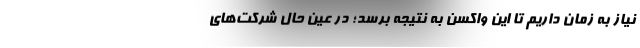
نیاز به زمان داریم تا این واکسن به نتیجه برسد؛ در عین حال شرکت‌های